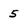
Character: 5